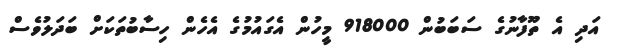
އަދި އެ ތޫފާނުގެ ސަބަބުން 918000 މީހުން އެގައުމުގެ އެހެން ހިސާބުތަކަށް ބަދަލުވެސް